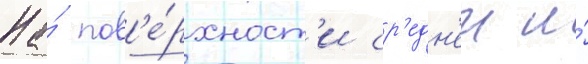
На́ пов'е́рхност'и ср'едн'еи и́